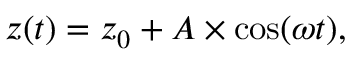
z ( t ) = z _ { 0 } + A \times \cos ( \omega t ) ,